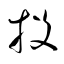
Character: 投